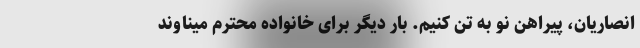
انصاریان، پیراهن نو به تن کنیم. بار دیگر برای خانواده محترم میناوند